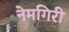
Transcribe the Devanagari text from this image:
नेमगिरी